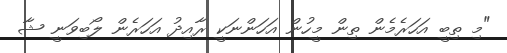
"މި ތިބީ އަހަރެމެން ތިން މީހުން އަހަންނަކީ ރާއިދު އަހަރެން ލޯބިވަނީ ޝާ